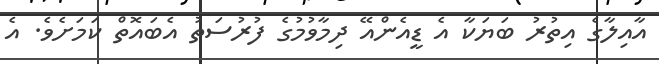
އާއިލާގެ އިތުރު ބަޔަކާ އެ ޑީއެންއޭ ދިމާވުމުގެ ފުރުސަތު އެބައޮތް ކަމަށެވެ. އެ